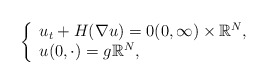
\begin{align*}\left\{ \begin{array}{l}u_{t}+H(\nabla u)=0(0,\infty )\times \Bbb{R}^{N}, \\ u(0,\cdot )=g\Bbb{R}^{N},\end{array}\right. \end{align*}